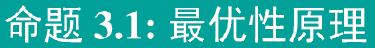
命题 3.1: 最优性原理